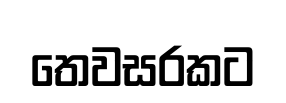
තෙවසරකට